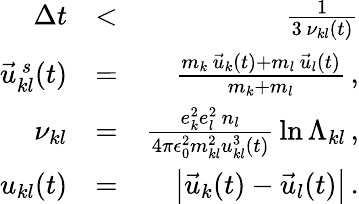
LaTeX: \begin{array}{rlr}{\Delta t}&{<}&{\frac{1}{3\, \nu_{kl}(t)}}\\ {\vec{u}_{kl}^{\, s}(t)}&{=}&{\frac{m_{k}\, \vec{u}_{k}(t)+m_{l}\, \vec{u}_{l}(t)}{m_{k}+m_{l}}\, ,}\\ {\nu_{kl}}&{=}&{\frac{e_{k}^{2}e_{l}^{2}\, n_{l}}{4\pi\epsilon_{0}^{2}m_{kl}^{2}u_{kl}^{3}\left(t\right)}\, \ln\Lambda_{kl}\, ,}\\ {u_{kl}(t)}&{=}&{\left|\vec{u}_{k}(t)-\vec{u}_{l}(t)\right|\, .}\end{array}